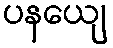
ပနယျေ